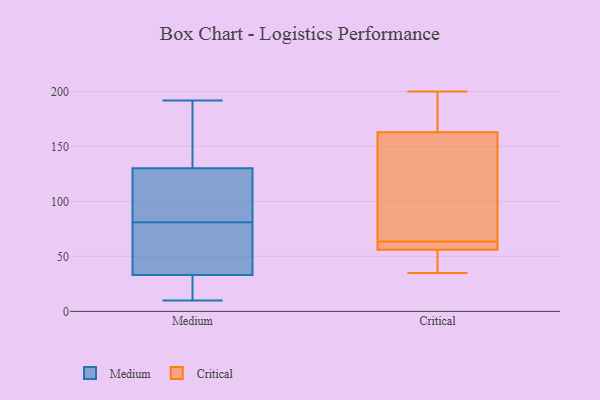
{"axis": {"x": "Shipments", "y": "Value"}, "legend": ["Critical", "Medium"], "data": [{"x": "", "y": 10, "type": "Medium"}, {"x": "", "y": 24, "type": "Medium"}, {"x": "", "y": 192, "type": "Medium"}, {"x": "", "y": 132, "type": "Medium"}, {"x": "", "y": 81, "type": "Medium"}, {"x": "", "y": 60, "type": "Medium"}, {"x": "", "y": 125, "type": "Medium"}, {"x": "", "y": 156, "type": "Medium"}, {"x": "", "y": 23, "type": "Medium"}, {"x": "", "y": 74, "type": "Medium"}, {"x": "", "y": 84, "type": "Medium"}, {"x": "", "y": 58, "type": "Critical"}, {"x": "", "y": 35, "type": "Critical"}, {"x": "", "y": 163, "type": "Critical"}, {"x": "", "y": 90, "type": "Critical"}, {"x": "", "y": 68, "type": "Critical"}, {"x": "", "y": 59, "type": "Critical"}, {"x": "", "y": 39, "type": "Critical"}, {"x": "", "y": 175, "type": "Critical"}, {"x": "", "y": 200, "type": "Critical"}, {"x": "", "y": 56, "type": "Critical"}]}